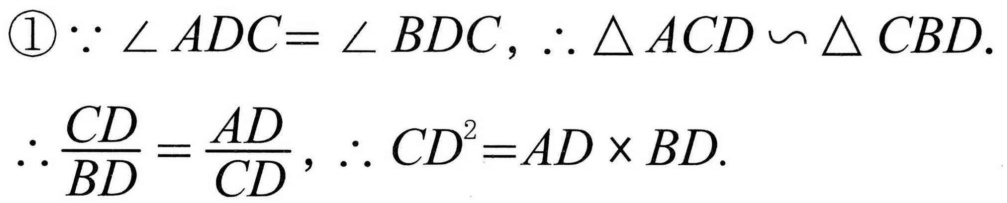
$\begin{align}
&\textcircled{1}\because\angle ADC = \angle BDC,\therefore\triangle ACD\backsim\triangle CBD.\\
&\therefore\frac{CD}{BD}=\frac{AD}{CD},\therefore CD^{2}=AD\times BD.
\end{align}$